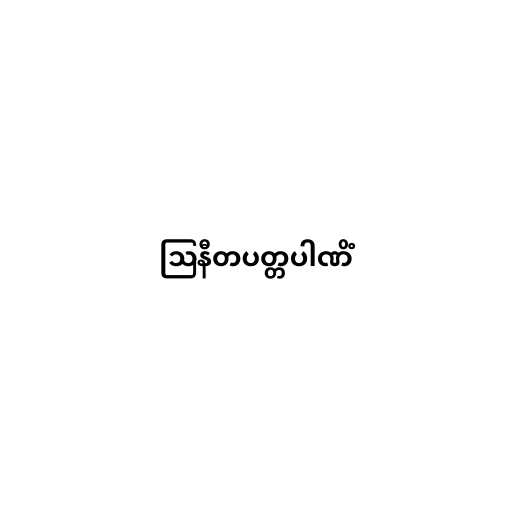
ဩနီတပတ္တပါဏိံ